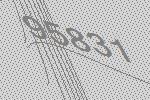
95831